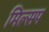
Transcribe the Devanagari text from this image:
मिल्सप